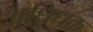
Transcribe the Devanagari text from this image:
अधिधक